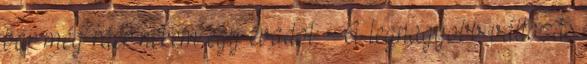
bár még ráér nekem egy évadot: A legnagyobb változás